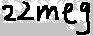
Text: 22meg